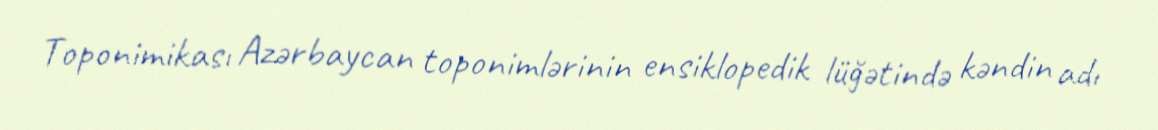
Toponimikası Azərbaycan toponimlərinin ensiklopedik lüğətində kəndin adı